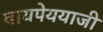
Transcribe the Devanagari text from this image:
वायपेययाजी